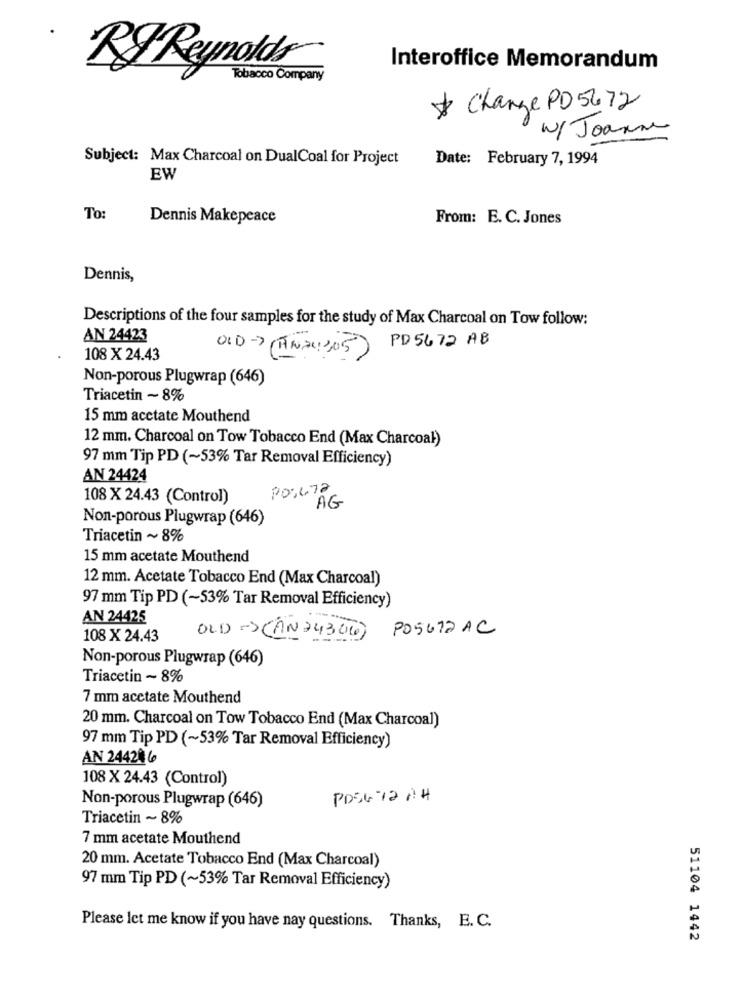
RF Reynolds
Interoffice Memorandum
Tobacco Company
* Change PD 5672
W/ Joanne
Subject: Max Charcoal on DualCoal for Project
Date: February 7, 1994
EW
To:
Dennis Makepeace
From: E. C. Jones
Dennis,
Descriptions of the four samples for the study of Max Charcoal on Tow follow:
AN 24423
PD 5672 AB
108 X 24.43
OLD-> (TN2305)
Non-porous Plugwrap (646)
Triacetin ~ 8%
15 mm acctate Mouthend
12 mm. Charcoal on Tow Tobacco End (Max Charcoal)
97 mm Tip PD (~53% Tar Removal Efficiency)
AN 24424
PO:472
108 X 24.43 (Control)
AG
Non-porous Plugwrap (646)
Triacetin ~ 8%
15 mm acetate Mouthend
12 mm. Acetate Tobacco End (Max Charcoal)
97 mm Tip PD (~53% Tar Removal Efficiency)
AN 24425
OLD-SCAN743060) PO5612AC
108 X 24.43
Non-porous Plugwrap (646)
Triacetin ~ 8%
7 mm acetate Mouthend
20 mm. Charcoal on Tow Tobacco End (Max Charcoal)
97 mm Tip PD (~53% Tar Removal Efficiency)
AN 244206
108 X 24.43 (Control)
Non-porous Plugwrap (646)
PDS6-72 AH
Triacetin ~ 8%
7 mm acetate Mouthend
20 mm. Acetate Tobacco End (Max Charcoal)
97 mm Tip PD (~53% Tar Removal Efficiency)
Please let me know if you have nay questions. Thanks, E. C.
51104 1442